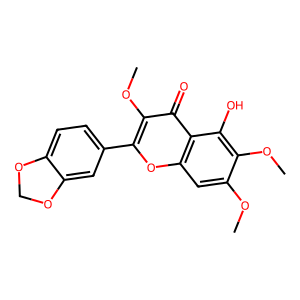
SMILES: COc1cc2oc(-c3ccc4c(c3)OCO4)c(OC)c(=O)c2c(O)c1OC
Inhibits HIV replication: No